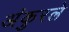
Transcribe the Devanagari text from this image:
अंकुरले